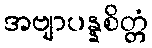
အဗျာပန္နစိတ္တံ